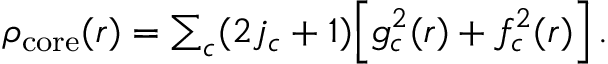
\begin{array} { r } { \rho _ { \mathrm { c o r e } } ( r ) = \sum _ { c } ( 2 j _ { c } + 1 ) \Big [ g _ { c } ^ { 2 } ( r ) + f _ { c } ^ { 2 } ( r ) \Big ] \, . } \end{array}